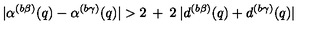
| \alpha ^ { ( b \beta ) } ( q ) - \alpha ^ { ( b \gamma ) } ( q ) | > 2 \: + \: 2 \: | d ^ { ( b \beta ) } ( q ) + d ^ { ( b \gamma ) } ( q ) |